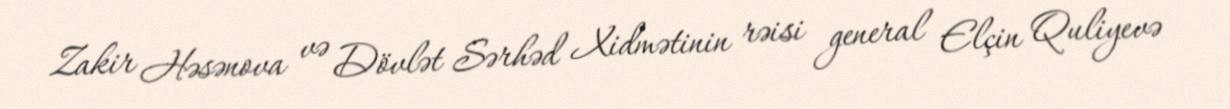
Zakir Həsənova və Dövlət Sərhəd Xidmətinin rəisi general Elçin Quliyevə